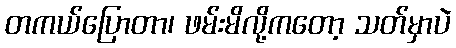
တကယ်ပြောတာ၊ ဖမ်းမိလို့ကတော့ သတ်မှာပဲ